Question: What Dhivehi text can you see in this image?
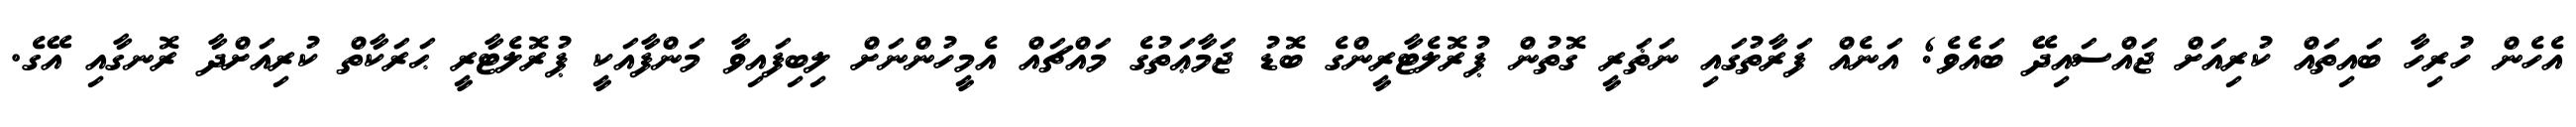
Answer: އެހެން ހުރިހާ ބައިތައް ކުރިއަށް ޖައްސައިދޭ ބައެވެ; އަނެއް ފަރާތުގައި ނަޡަރީ ގޮތުން ޕުރޮލެޓާރީންގެ ބޮޑު ޖަމާޢަތުގެ މައްޗައް އެމީހުންނަށް ލިބިފައިވާ މަންފާއަކީ ޕުރޮލެޓާރީ ޙަރަކާތް ކުރިއަށްދާ ރޮނގާއި އޭގެ.